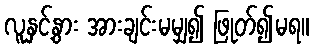
လူနှင့်နွား အားချင်းမမျှ၍ ဖြုတ်၍မရ။